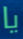
يا